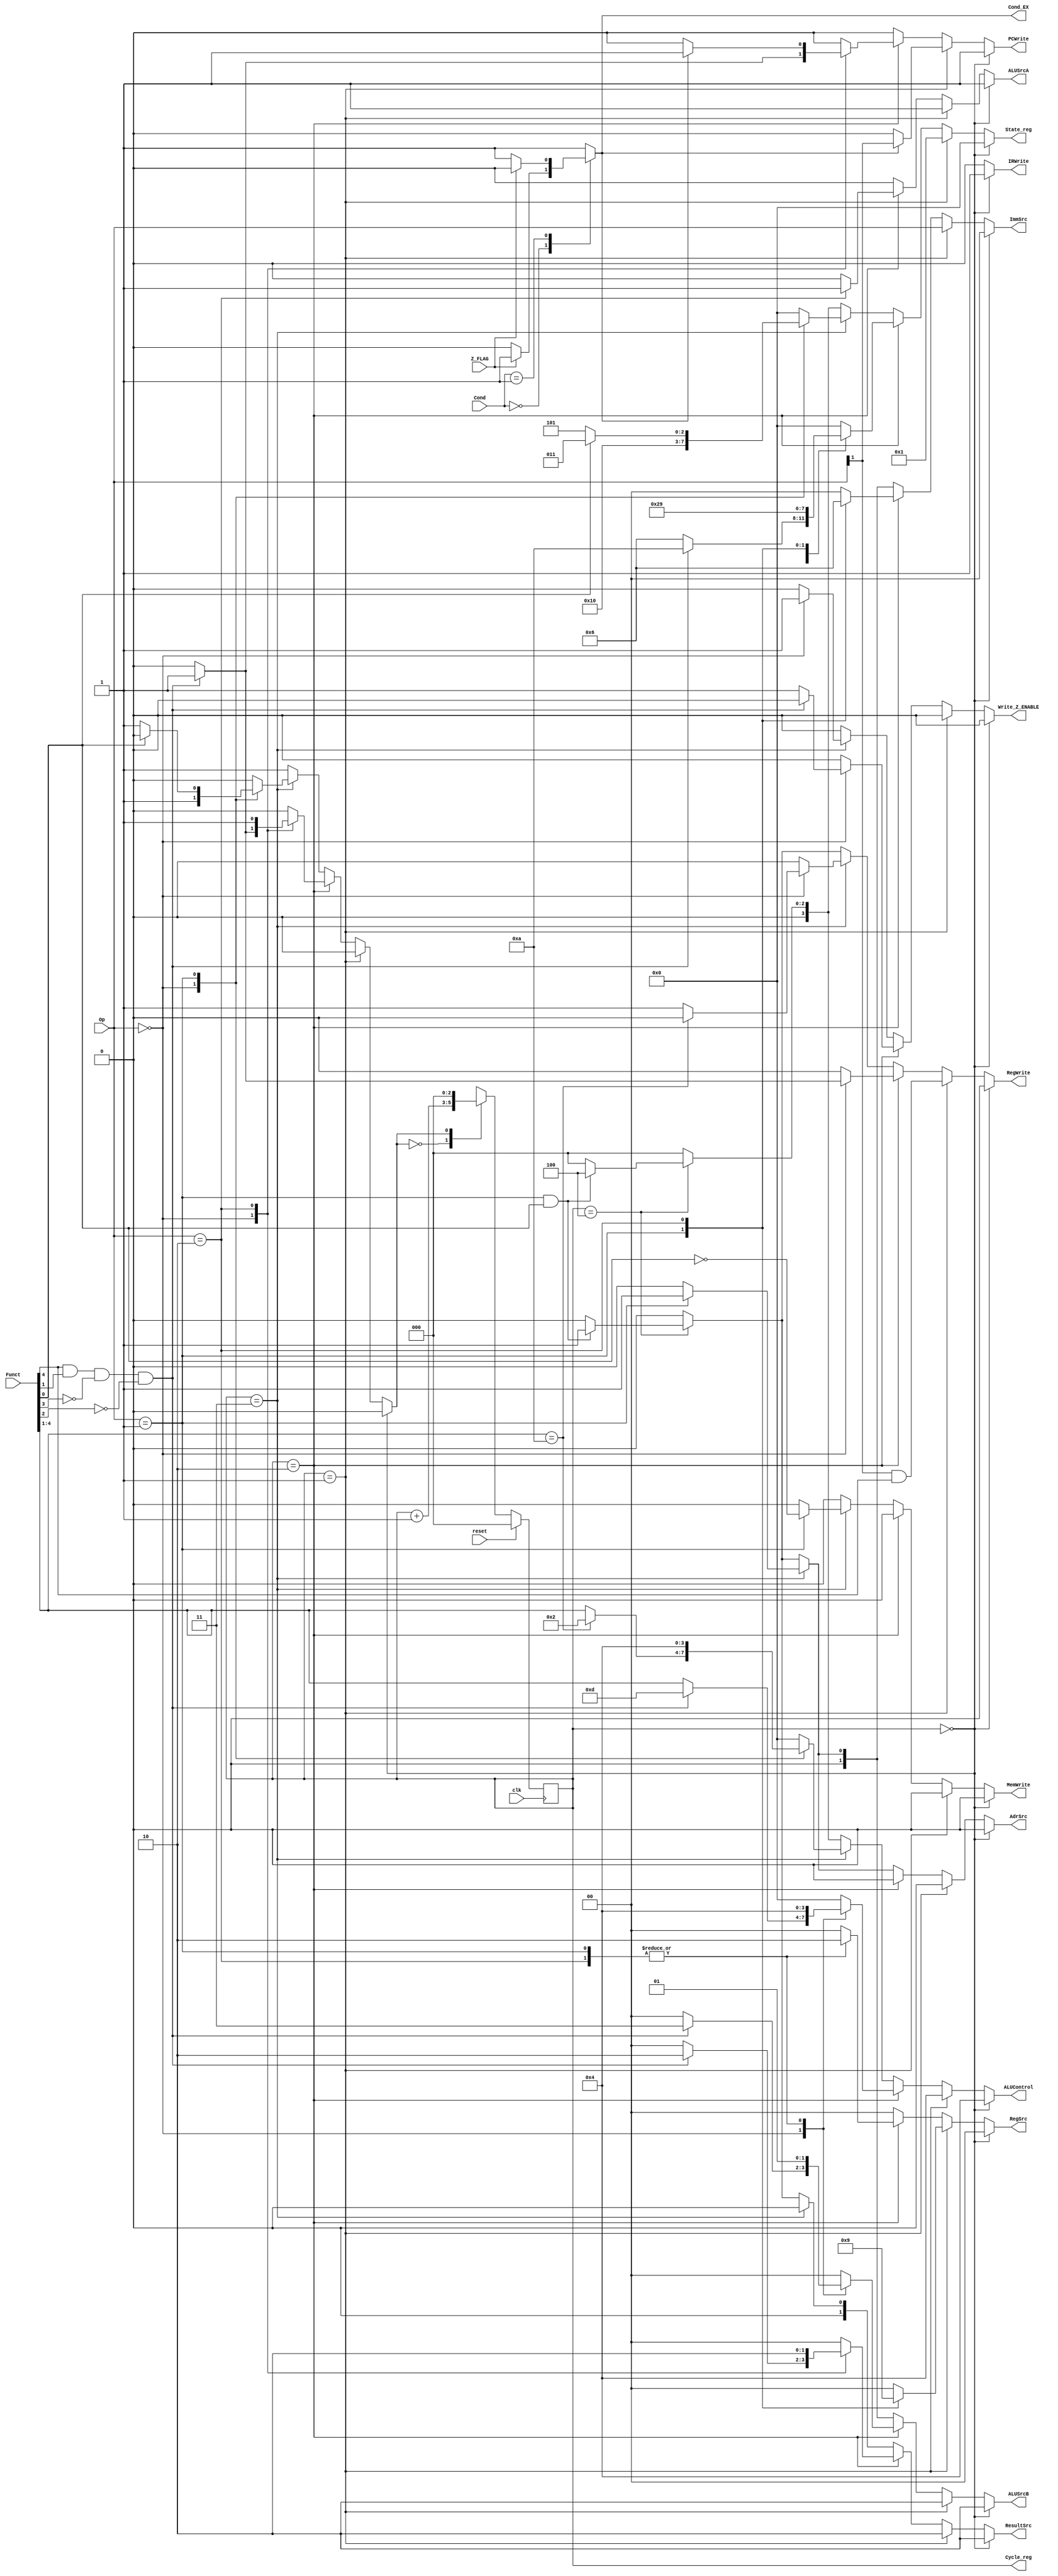
module Controller(
	input clk,reset,
	input [3:0] Cond,
	input [1:0] Op,
	input [5:0] Funct,	
	input Z_FLAG,
	
	output reg PCWrite,
	output reg AdrSrc,
	output reg MemWrite,
	output reg IRWrite,
	output reg [1:0] ResultSrc,
	output reg [3:0] ALUControl,
	output reg ALUSrcA,
	output reg [1:0] ALUSrcB,
	output reg [1:0] ImmSrc,
	output reg RegWrite,
	output reg [1:0] RegSrc,
	output reg Cond_EX,
	output reg Write_Z_ENABLE,
	output reg [2:0] Cycle_reg,
	output reg [3:0] State_reg
); 
reg op_done = 0;

always @(posedge clk) begin

	if(reset == 0)begin
		case(op_done)
			0:begin
				Cycle_reg = Cycle_reg + 1;
			end
			1:begin
				Cycle_reg = 0;
			end
			default:begin
				Cycle_reg = 0;
			end
		endcase
	end
	else begin
		Cycle_reg = 0;
	end

end


always @(*) begin//Conditional Logic
	case(Cond)
		4'b0000:
		begin // Equal
			if(Z_FLAG == 1)
				Cond_EX = 1;
			else
				Cond_EX = 0;
		end
		4'b0001:
		begin	// Not Equal
			if(Z_FLAG == 0)
				Cond_EX = 1;
			else 	
				Cond_EX = 0;
		end
		4'b1110:
		begin  // Always
			Cond_EX = 1;
		end
		default: begin
			Cond_EX = 1;
		end			
endcase		 
end


always @(*) begin
	if(Cycle_reg == 0) begin 
		// Fetch 
		PCWrite 	= 1'b1; //GET PC
		AdrSrc   	= 1'b0;
		MemWrite 	= 1'b0;
		IRWrite  	= 1'b1;
		RegSrc 		= 2'b00; // don't care
		RegWrite 	= 1'b0;
		ImmSrc   	= 2'b00; // don't care
		ALUSrcA  	= 1'b1;
		ALUSrcB  	= 2'b10;
		ALUControl 	= 4'b0100;// don't care ADD
		ResultSrc 	= 2'b10;
		Write_Z_ENABLE = 1'b0; // don't care
		op_done = 0;
		State_reg = 0;//S0
		end
		
	else if(Cycle_reg == 1) begin 
		// Decode Cycle (Cycle 2)
		
		AdrSrc   	= 1'b0; // don't care
		MemWrite 	= 1'b0;
		IRWrite  	= 1'b0; // !
		case(Op)
			2'b00: RegSrc		= 2'b00;
			2'b01: RegSrc		= 2'b10;
			2'b10: RegSrc		= 2'b01;
			default: RegSrc		= 2'b00;
		endcase  
		//PC+4
		RegWrite 	= Op[1]&Funct[4];//if Instruction is BL then reg Write
		ImmSrc   	= {Op}; // don't care
		ALUSrcA  	= 1'b1;
		ALUSrcB  	= 2'b10;
		ALUControl 	= 4'b0100; // ADD
		ResultSrc 	= 2'b10;
		Write_Z_ENABLE = 1'b0; // Don't change Z flag in DECODE
		op_done 	= 0;
		PCWrite 	= Cond_EX ? Op[1] : 0;
		State_reg = 1;//S1
		
	end
	
	else if(Cycle_reg == 2) begin 
		case(Op)
			2'b00: begin// DP
				 
				AdrSrc   	= 1'b0; // don't care
				MemWrite 	= 1'b0; // don't care
				IRWrite  	= 1'b0; // don't care
				RegSrc		= 2'b00; 
				ImmSrc   	= 2'b00; 		// don't care
				if((Funct[4])&(Funct[1])&(~Funct[3])&(~Funct[2]))begin//1001 for BX 
					op_done = 1;
					PCWrite = 1;
					ALUSrcB  	= 2'b11;
					ALUControl 	= 4'b1101;	//MOV
					ResultSrc 	= 2'b10;
					RegWrite 	= 1'b1;
					Write_Z_ENABLE = 1'b0;
					ALUSrcA  	= 1'b0;
					State_reg = 10;//S10
				end
				else begin
					op_done= 0;
					PCWrite= 0;
					ALUSrcB  	= 2'b00;
					ALUControl 	= Funct[4:1];	
					ResultSrc 	= 2'b00;
					RegWrite 	= 1'b0;	
					Write_Z_ENABLE = 1'b1;
					ALUSrcA  	= 1'b0;
					State_reg = 6;//S6
				end
				end
				
			2'b01: begin// Memory
				PCWrite 		= 1'b0; // don't care
				AdrSrc   	= 1'b0; // don't care
				MemWrite 	= 1'b0; // don't care
				IRWrite  	= 1'b0; // don't care
				RegSrc		= 2'b10; //RN RD
				RegWrite 	= 1'b0;// not yet
				ImmSrc   	= 2'b01; // IMM12
				ALUSrcA  	= 1'b0;// RN
				ALUSrcB  	= 2'b01;	// ExtImm
				ALUControl 	= 4'b0100 ;	//ADD ExtImm+[RN]
				ResultSrc 	= 2'b00;	// don't care
				Write_Z_ENABLE = 1'b0;
				op_done = 0;
				State_reg = 2;//S2
				end 
				
			2'b10: begin// Branch
				PCWrite 	= Cond_EX ? 1 : 0;
				AdrSrc   	= 1'b0; // don't care
				MemWrite 	= 1'b0; // don't care
				IRWrite  	= 1'b0; // don't care
				RegSrc		= 2'b10; //RN RD
				RegWrite 	= 0;
				ImmSrc   	= 2'b10; // IMM12
				ALUSrcA  	= 1'b1;// PC+8
				ALUSrcB  	= 2'b01;	// ExtImm
				ALUControl 	= 4'b0100 ;	//ADD ExtImm+PC+8
				ResultSrc 	= 2'b10;	// Alu Result
				Write_Z_ENABLE = 1'b0;
				op_done = 1;//Branch instructrions have 3 cycles
				State_reg = 9;//S9
				end 
				
			default: begin 
				PCWrite 		= 1'b0; 
				AdrSrc   	= 1'b0; 
				MemWrite 	= 1'b0;
				IRWrite  	= 1'b0; 
				RegSrc 		= 2'b00;
				RegWrite 	= 1'b0; 
				ImmSrc   	= 2'b00; 
				ALUSrcA  	= 1'b0;
				ALUSrcB  	= 2'b00;
				ALUControl 	= 4'b0000; 
				ResultSrc 	= 2'b00;	
				Write_Z_ENABLE = 1'b0;
				op_done = 0;
				State_reg = 0;//S0
			end
		endcase
	end
	
	else if(Cycle_reg == 3) begin
	case(Op)
		2'b00:begin 
			// WriteBack
			PCWrite 		= 1'b0; 
			AdrSrc   	= 1'b0; 
			MemWrite 	= 1'b0; 
			IRWrite  	= 1'b0; 
			RegSrc 		= 2'b00; 
			ImmSrc   	= 2'b00; 		
			ALUSrcA  	= 1'b0;			
			ALUSrcB  	= 2'b00;		
			case(Funct[4:1])
				4'b1010: // FOR CMP, DO SUB BUT DO NOT WRITE TO REGISTER
					begin
					ALUControl = 4'b0010;
					RegWrite 	= 1'b0;	
					end
				
				default: 
					begin
					ALUControl = {Funct[4:1]};
					RegWrite 	= 1'b1;	
					end
			endcase
			ResultSrc 	= 2'b00;			// !
			State_reg = 8;//S8
			Write_Z_ENABLE = 1'b1;
			op_done = 1;//DP instructrions have 4 cycles
			end 		
		2'b01: begin
			// Read/Write Data 
			PCWrite 		= 1'b0; // don't care
			AdrSrc   	= 1'b1; //Result
			MemWrite 	= ~Funct[0]; //Read-write
			IRWrite  	= 1'b0; // don't care
			RegSrc 		= 2'b00;// don't care
			RegWrite 	= 1'b0; // RegWrite is at Writeback
			ImmSrc   	= 2'b01; // don't care
			ALUSrcA  	= 1'b0;// don't care
			ALUSrcB  	= 2'b01;// don't care
			ALUControl 	= 4'b0100; // don't care
			ResultSrc 	= 2'b00;	// don't care
			Write_Z_ENABLE = 1'b0;
			if(Funct[0])begin//LDR
				op_done = 0;
				State_reg = 3;//S3
			end
			
			else begin//STR
				op_done = 1;//STR instructrions have 4 cycles
				State_reg = 5;//S5
			end
				
			end 	
		default: begin
			PCWrite 		= 1'b0; 
			AdrSrc   	= 1'b0; 
			MemWrite 	= 1'b0;
			IRWrite  	= 1'b0; 
			RegSrc 		= 2'b00;
			RegWrite 	= 1'b0; 
			ImmSrc   	= 2'b00; 
			ALUSrcA  	= 1'b0;
			ALUSrcB  	= 2'b00;
			ALUControl 	= 4'b0000; 
			ResultSrc 	= 2'b00;
			Write_Z_ENABLE = 1'b0;
			op_done = 0;
			State_reg = 0;//S0
		end
		endcase
	end
	else if(Cycle_reg == 4) begin 
	// Only for LDR 
		if((Op == 2'b01) && (Funct[0] == 1)) begin
			// Writeback 
			PCWrite 		= 1'b0; // don't care
			AdrSrc   	= 1'b1; // don't care
			MemWrite 	= 1'b0; // don't care
			IRWrite  	= 1'b0; // don't care
			
			RegSrc 		= 2'b00; // don't care
				  
			RegWrite 	= 1'b1; // Write Dest Address
			ImmSrc   	= 2'b01; // don't care
			ALUSrcA  	= 1'b0; // don't care
			ALUSrcB  	= 2'b01; // don't care
			ALUControl 	= 4'b0100; // ADD
			ResultSrc 	= 2'b01;	// Read Data from Instr/Data Memory	
			Write_Z_ENABLE = 1'b0;
			op_done = 1;//LDR instructrions have 4 cycles
			State_reg = 4;//S4
		end
		else begin
				PCWrite 		= 1'b0; 
				AdrSrc   	= 1'b0; 
				MemWrite 	= 1'b0;
				IRWrite  	= 1'b0; 
				RegSrc 		= 2'b00;
				RegWrite 	= 1'b0; 
				ImmSrc   	= 2'b00; 
				ALUSrcA  	= 1'b0;
				ALUSrcB  	= 2'b00;
				ALUControl 	= 4'b0000; 
				ResultSrc 	= 2'b00;	
				Write_Z_ENABLE = 1'b0;
				op_done = 1;
				State_reg = 0;//S0
		end
	end
	
	else begin
				PCWrite 		= 1'b0; 
				AdrSrc   	= 1'b0; 
				MemWrite 	= 1'b0;
				IRWrite  	= 1'b0; 
				RegSrc 		= 2'b00;
				RegWrite 	= 1'b0; 
				ImmSrc   	= 2'b00; 
				ALUSrcA  	= 1'b0;
				ALUSrcB  	= 2'b00;
				ALUControl 	= 4'b0000; 
				ResultSrc 	= 2'b00;	
				Write_Z_ENABLE = 1'b0;
				op_done = 1;
				State_reg = 0;//S0
	end
	
	
	
end
endmodule